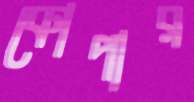
কোপার